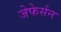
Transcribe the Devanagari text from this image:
जेफेर्सन